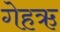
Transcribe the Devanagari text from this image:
गेहऋ